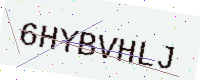
Text: 6HYBVHLJ